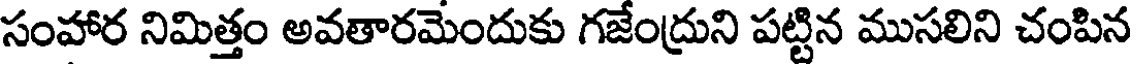
సంహార నిమిత్తం అవతారమెందుకు గజేంద్రుని పట్టిన ముసలిని చంపిన